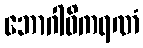
ဘောဂါဓိကရဏံ